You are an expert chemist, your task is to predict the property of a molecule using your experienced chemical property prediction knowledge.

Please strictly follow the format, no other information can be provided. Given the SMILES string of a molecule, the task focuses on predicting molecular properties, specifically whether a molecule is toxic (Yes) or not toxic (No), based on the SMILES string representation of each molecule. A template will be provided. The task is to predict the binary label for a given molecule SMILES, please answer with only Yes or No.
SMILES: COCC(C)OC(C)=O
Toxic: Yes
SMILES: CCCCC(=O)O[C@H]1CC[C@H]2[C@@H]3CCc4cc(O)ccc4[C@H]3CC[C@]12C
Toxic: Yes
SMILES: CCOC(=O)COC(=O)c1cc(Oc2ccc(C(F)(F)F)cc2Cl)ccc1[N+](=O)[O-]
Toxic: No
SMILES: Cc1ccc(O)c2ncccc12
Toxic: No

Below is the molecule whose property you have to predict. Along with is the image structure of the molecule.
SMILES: CCN(CC)CCOc1ccc(-c2nc3cc(Cl)ccc3s2)cc1
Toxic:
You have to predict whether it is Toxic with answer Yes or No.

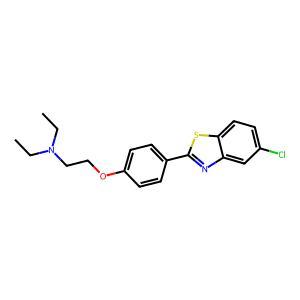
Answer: No